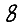
Digit: 8